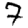
Digit: 7